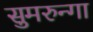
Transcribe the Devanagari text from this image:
सुमरुन्गा